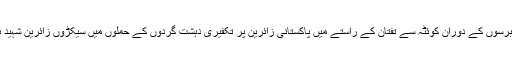
پچھلے چند برسوں کے دوران کوئٹہ سے تفتان کے راستے میں پاکستانی زائرین پر تکفیری دہشت گردوں کے حملوں میں سیکڑوں زائرین شہید ہوچکے ہیں۔